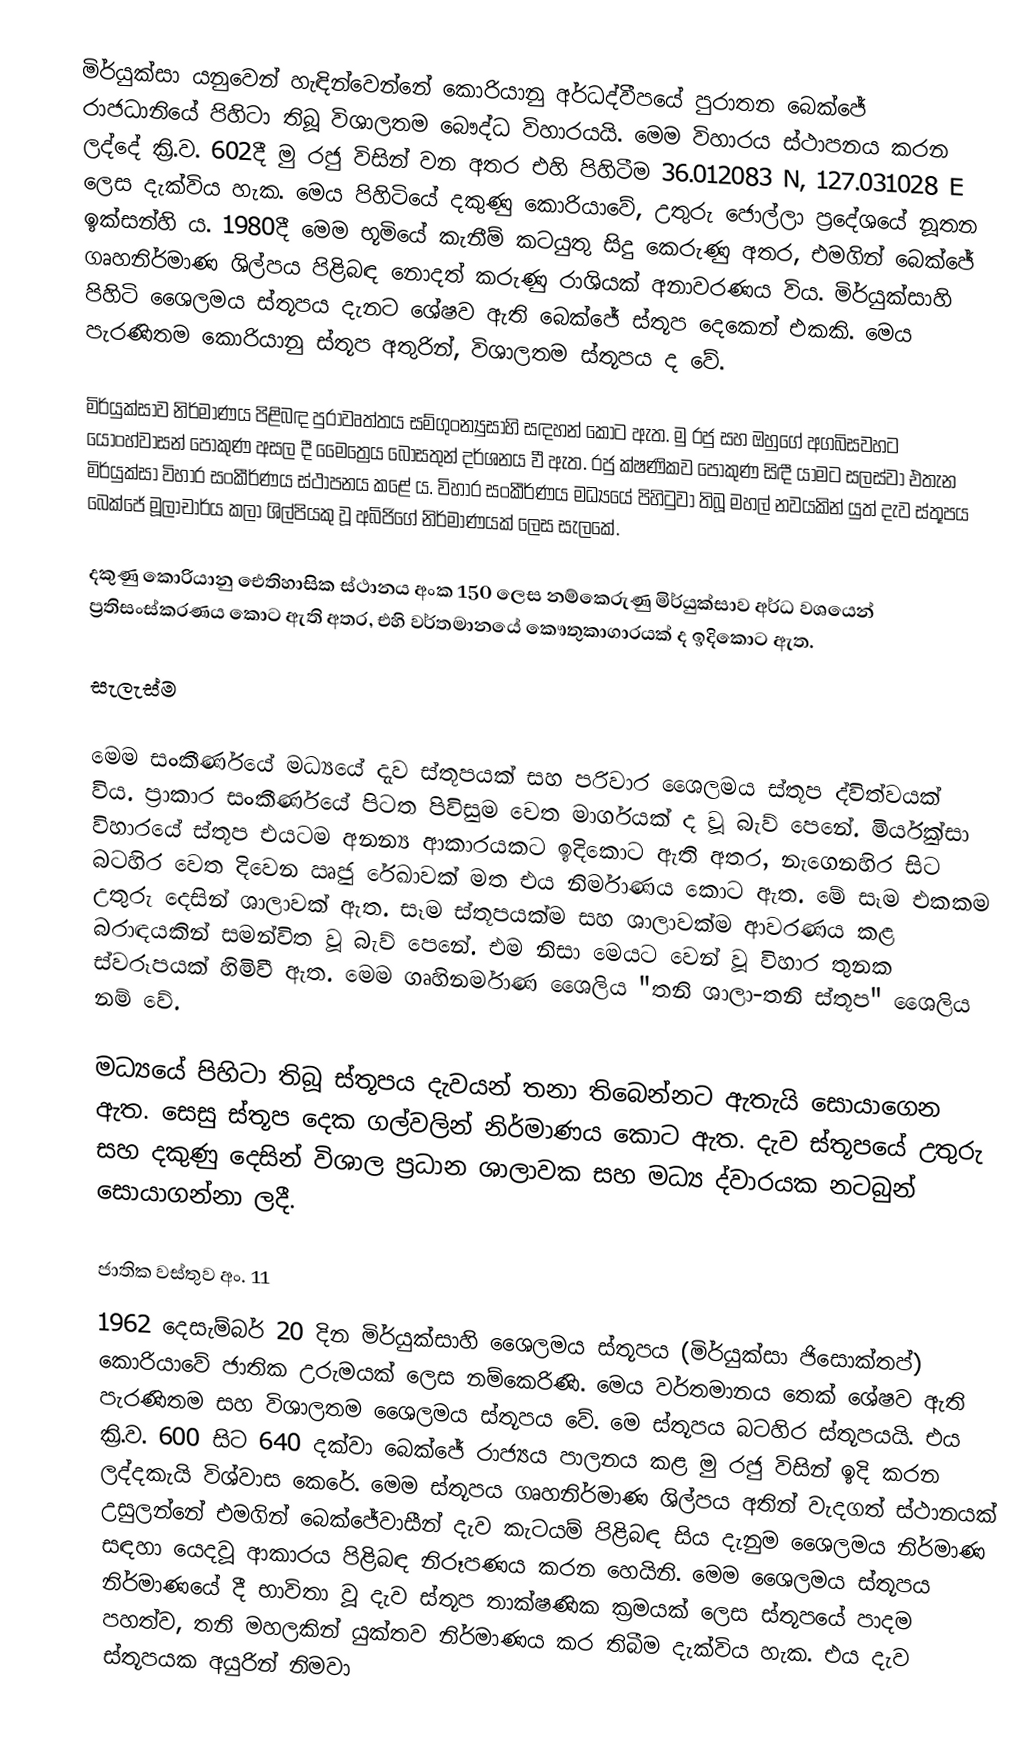
මිර්යුක්සා යනුවෙන් හැඳින්වෙන්නේ කොරියානු අර්ධද්වීපයේ පුරාතන බෙක්ජේ රාජධානියේ පිහිටා තිබූ විශාලතම බෞද්ධ විහාරයයි. මෙම විහාරය ස්ථාපනය කරන ලද්දේ ක්‍රි.ව. 602දී මු රජු විසින් වන අතර එහි පිහිටීම 36.012083 N, 127.031028 E ලෙස දැක්විය හැක. මෙය පිහිටියේ දකුණු කොරියාවේ, උතුරු ජොල්ලා ප්‍රදේශයේ නූතන ඉක්සන්හි ය. 1980දී මෙම භූමියේ කැනීම් කටයුතු සිදු කෙරුණු අතර, එමගින් බෙක්ජේ ගෘහනිර්මාණ ශිල්පය පිළිබඳ නොදත් කරුණු රාශියක් අනාවරණය විය. මිර්යුක්සාහි පිහිටි ශෛලමය ස්තූපය දැනට ශේෂව ඇති බෙක්ජේ ස්තූප දෙකෙන් එකකි. මෙය පැරණිතම කොරියානු ස්තූප අතුරින්, විශාලතම ස්තූපය ද වේ.

මිර්යුක්සාව නිර්මාණය පිළිබඳ පුරාවෘත්තය සම්ගුංන්‍යුසාහි සඳහන් කොට ඇත. මු රජු සහ ඔහුගේ අගබිසවහට යොංහ්වාසන් පොකුණ අසල දී මෛත්‍රෙය බෝසතුන් දර්ශනය වී ඇත. රජු ක්ෂණිකව පොකුණ සිඳී යාමට සලස්වා එතැන මිර්යුක්සා විහාර සංකීර්ණය ස්ථාපනය කළේ ය. විහාර සංකීර්ණය මධ්‍යයේ පිහිටුවා තිබූ මහල් නවයකින් යුත් දැව ස්තූපය බෙක්ජේ මූලාචාර්ය කලා ශිල්පියකු වූ අබිජිගේ නිර්මාණයක් ලෙස සැලකේ.

දකුණු කොරියානු ඓතිහාසික ස්ථානය අංක 150 ලෙස නම්කෙරුණු මිර්යුක්සාව අර්ධ වශයෙන් ප්‍රතිසංස්කරණය කොට ඇති අතර, එහි වර්තමානයේ කෞතුකාගාරයක් ද ඉදිකොට ඇත.

සැලැස්ම

මෙම සංකීර්ණයේ මධ්‍යයේ දැව ස්තූපයක් සහ පරිවාර ශෛලමය ස්තූප ද්විත්වයක් විය. ප්‍රාකාර සංකීර්ණයේ පිටත පිවිසුම වෙත මාර්ගයක් ද වූ බැව් පෙනේ. මිර්යුක්සා විහාරයේ ස්තූප එයටම අනන්‍ය ආකාරයකට ඉදිකොට ඇති අතර, නැගෙනහිර සිට බටහිර වෙත දිවෙන ඍජු රේඛාවක් මත එය නිර්මාණය කොට ඇත. මේ සෑම එකකම උතුරු දෙසින් ශාලාවක් ඇත. සෑම ස්තූපයක්ම සහ ශාලාවක්ම ආවරණය කළ බරාඳයකින් සමන්විත වූ බැව් පෙනේ. එම නිසා මෙයට වෙන් වූ විහාර තුනක ස්වරූපයක් හිමිවී ඇත. මෙම ගෘහිනර්මාණ ශෛලිය "තනි ශාලා-තනි ස්තූප" ශෛලිය නම් වේ.

මධ්‍යයේ පිහිටා තිබූ ස්තූපය දැ‍‍වයන් තනා තිබෙන්නට ඇතැයි සොයාගෙන ඇත. සෙසු ස්තූප දෙක ගල්වලින් නිර්මාණය කොට ඇත. දැව ස්තූපයේ උතුරු සහ දකුණු දෙසින් විශාල ප්‍රධාන ශාලාවක සහ මධ්‍ය ද්වාරයක නටබුන් සොයාගන්නා ලදී.

ජාතික වස්තුව අං. 11
1962 දෙසැම්බර් 20 දින මිර්යුක්සාහි ශෛලමය ස්තූපය (මිර්යුක්සා ජිසොක්තප්) කොරියාවේ ජාතික උරුමයක් ලෙස නම්කෙරිණි. මෙය වර්තමානය තෙක් ශේෂව ඇති පැරණිතම සහ විශාලතම ශෛලමය ස්තූපය වේ. මෙ ස්තූපය බටහිර ස්තූපයයි. එය ක්‍රි.ව. 600 සිට 640 දක්වා බෙක්ජේ රාජ්‍යය පාලනය කළ මු රජු විසින් ඉදි කරන ලද්දකැයි විශ්වාස කෙරේ. මෙම ස්තූපය ගෘහනිර්මාණ ශිල්පය අතින් වැදගත් ස්ථානයක් උසුලන්නේ එමගින් බෙක්ජේවාසීන් දැව කැටයම් පිළිබඳ සිය දැනුම ශෛලමය නිර්මාණ සඳහා යෙදවූ ආකාරය පිළිබඳ නිරූපණය කරන හෙයිනි. මෙම ශෛලමය ස්තූපය නිර්මාණයේ දී භාවිතා වූ දැව ස්තූප තාක්ෂණික ක්‍රමයක් ලෙස ස්තූපයේ පාදම පහත්ව, තනි මහලකින් යුක්තව නිර්මාණය කර තිබීම දැක්විය හැක. එය දැව ස්තූපයක අයුරින් නිමවා